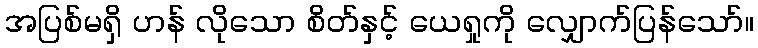
အပြစ်မရှိ ဟန် လိုသော စိတ်နှင့် ယေရှုကို လျှောက်ပြန်သော်။